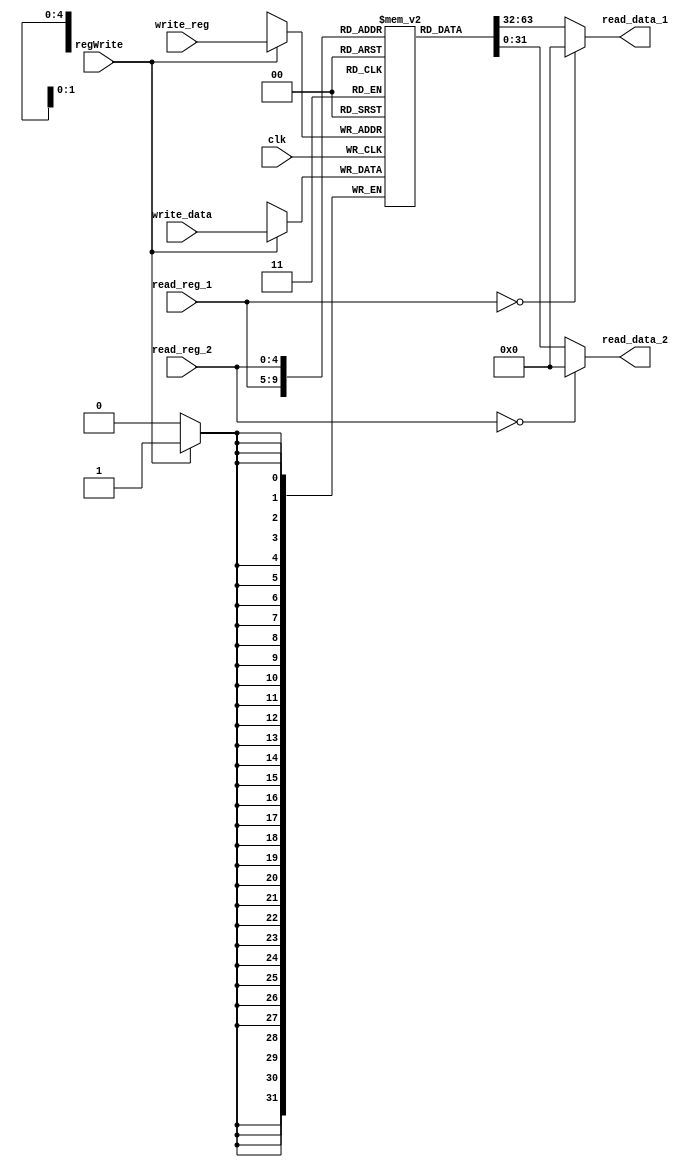
module registersModule(clk, read_reg_1, read_reg_2, write_reg, write_data, regWrite, read_data_1, read_data_2); input clk;
	input [4:0] read_reg_1, read_reg_2, write_reg;
	input [31:0] write_data;
	input regWrite;
	output reg [31:0] read_data_1, read_data_2;
	reg [31:0] registers[31:0];
	integer i;
	integer j;

	initial begin
		for(i=0;i<32;i = i + 1)begin
			registers[i] = 0;
		end
	end
	always @ (read_reg_1, read_reg_2,registers[read_reg_1],registers[read_reg_2])
		begin
			read_data_1 <= (read_reg_1==0)? 32'b0 : registers[read_reg_1];
			read_data_2 <= (read_reg_2==0)? 32'b0 : registers[read_reg_2];
		end
	always @(posedge clk)
		begin
			// $display("read_reg_1: %b", read_reg_1);
			// $display("read_reg_2: %b", read_reg_2);
			// $display("read_data_2: %b", read_data_2);
			$display("\t-------------Registers:---------");
			for (j=0;j<32;j = j + 1)begin
			$display("%t Register[%0d] : %b",$time, j,registers[j]);
			end
			$display("\t------------End Registers----------------------------");

			// $display("regWrite: %b", regWrite);
			// $display("write_reg: ", write_reg);

			// $display("------Write data %b", write_data);
			if(regWrite)
				begin
					registers[write_reg] = write_data;
					// $display("Register content after write: %b", registers[write_reg]);
				end
		end
endmodule